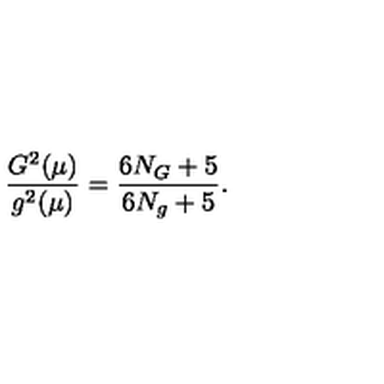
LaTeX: \frac { G ^ { 2 } ( \mu ) } { g ^ { 2 } ( \mu ) } = \frac { 6 N _ { G } + 5 } { 6 N _ { g } + 5 } .